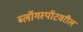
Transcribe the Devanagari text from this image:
ब्लॉगस्पॉटवरील